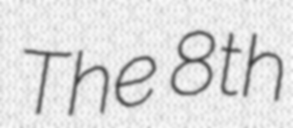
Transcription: The 8th